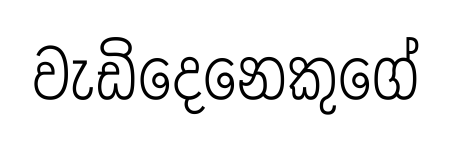
වැඩිදෙනෙකුගේ